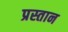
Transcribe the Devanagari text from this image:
प्रस्तान